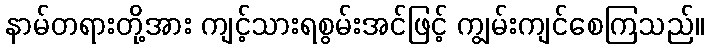
နာမ်တရားတို့အား ကျင့်သားရစွမ်းအင်ဖြင့် ကျွမ်းကျင်စေကြသည်။